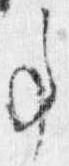
事